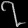
Digit: ၇